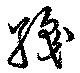
織